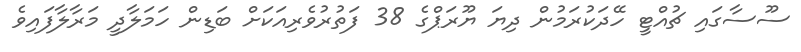
ސޫސާގައި ޗުއްޓީ ހޭދަކުރަމުން ދިޔަ ޔޫރަޕްގެ 38 ފަތުރުވެރިއަކަށް ބަޑިން ހަމަލާދީ މަރާލާފައިވެ